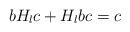
LaTeX: \begin{align*} b H_l c+ H_l b c= c \end{align*}